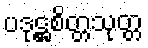
ပဒုဋ္ဌစိတ္တသုတ္တ